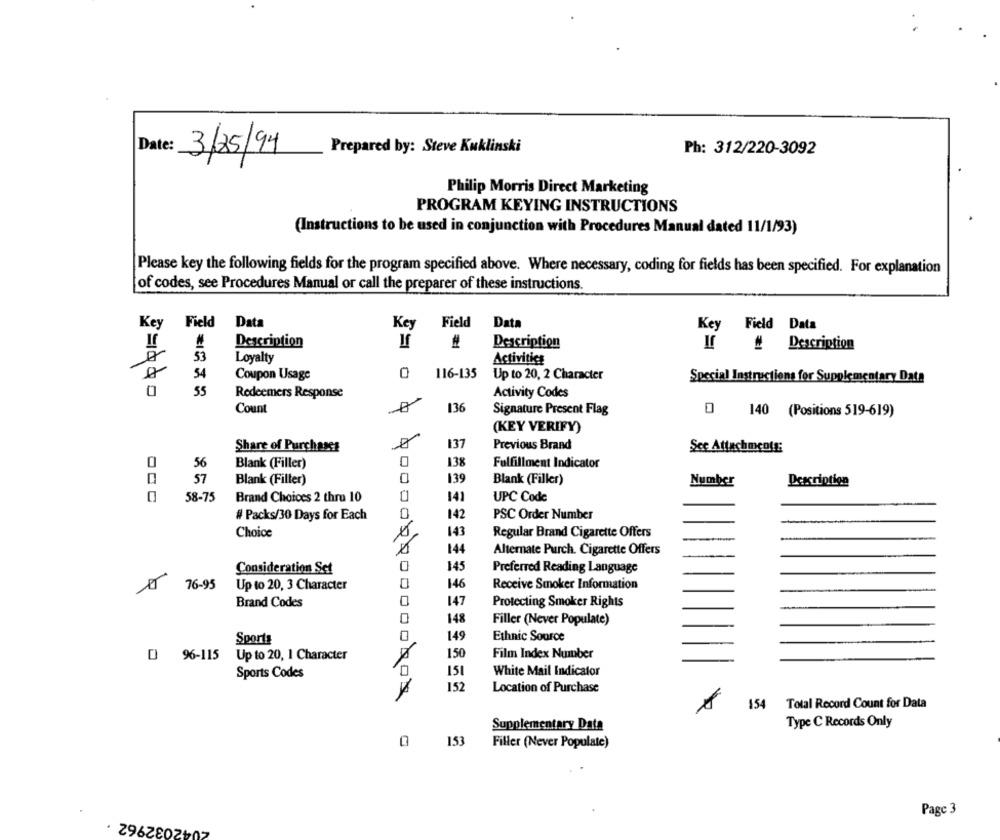
Date:
3/25/94
Prepared by: Steve Kuklinski
Ph: 312/220-3092
Philip Morris Direct Marketing
PROGRAM KEYING INSTRUCTIONS
(Instructions to be used in conjunction with Procedures Manual dated 11/1/93)
Please key the following fields for the program specified above. Where necessary, coding for fields has been specified. For explanation
of codes, see Procedures Manual or call the preparer of these instructions.
Key Field
Data
Key
Field
Data
Key Field Data
Description
#
Description
If # Description
53
Loyalty
Activities
54
Coupon Usage
116-135
Up to 20, 2 Character
Special Instructions for Supplementary Data
0
55
Redeemers Response
Activity Codes
Count
136
Signature Present Flag
0 140 (Positions 519-619)
(KEY VERIFY)
137
Previous Brand
Share of Purchases
Sce Attach ments:
138
0
56
Blank (Filler)
0
Fulfillment Indicator
57
Blank (Filter)
0
139
Blank (Filler)
Number
Description
58-75
Brand Choices 2 thru 10
0
141
UPC Code
# Packs/30 Days for Each
0
142
PSC Order Number
Choice
143
Regular Brand Cigarette Offers
144
Alternate Purch. Cigarette Offers
Consideration Set
145
Preferred Reading Language
76-95
Up to 20, 3 Character
0
146
Receive Smoker Information
Brand Codes
0
147
Protecting Smoker Rights
148
Filler (Never Populate)
Sports
0
149
Ethnic Source
D 96-115
Up to 20, 1 Character
150
Film Index Number
0
151
White Mail Indicator
Sports Codes
157
Location of Purchase
154
Total Record Count for Data
Type C Records Only
Supplementary Data
153
Filler (Never Populate)
2042032962
Page 3